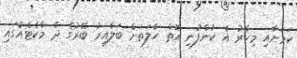
ކަމަށާއި މިހާރު އެ ކުންފުނި އޮތް ހާލަތަށް ބަލާއިރު ބޭރުގެ ދެ މާކެޓެއްގައި